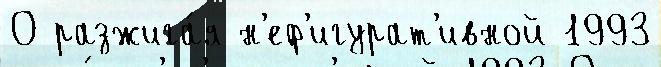
О разжига́я н'еф'игурат'ивной 1993